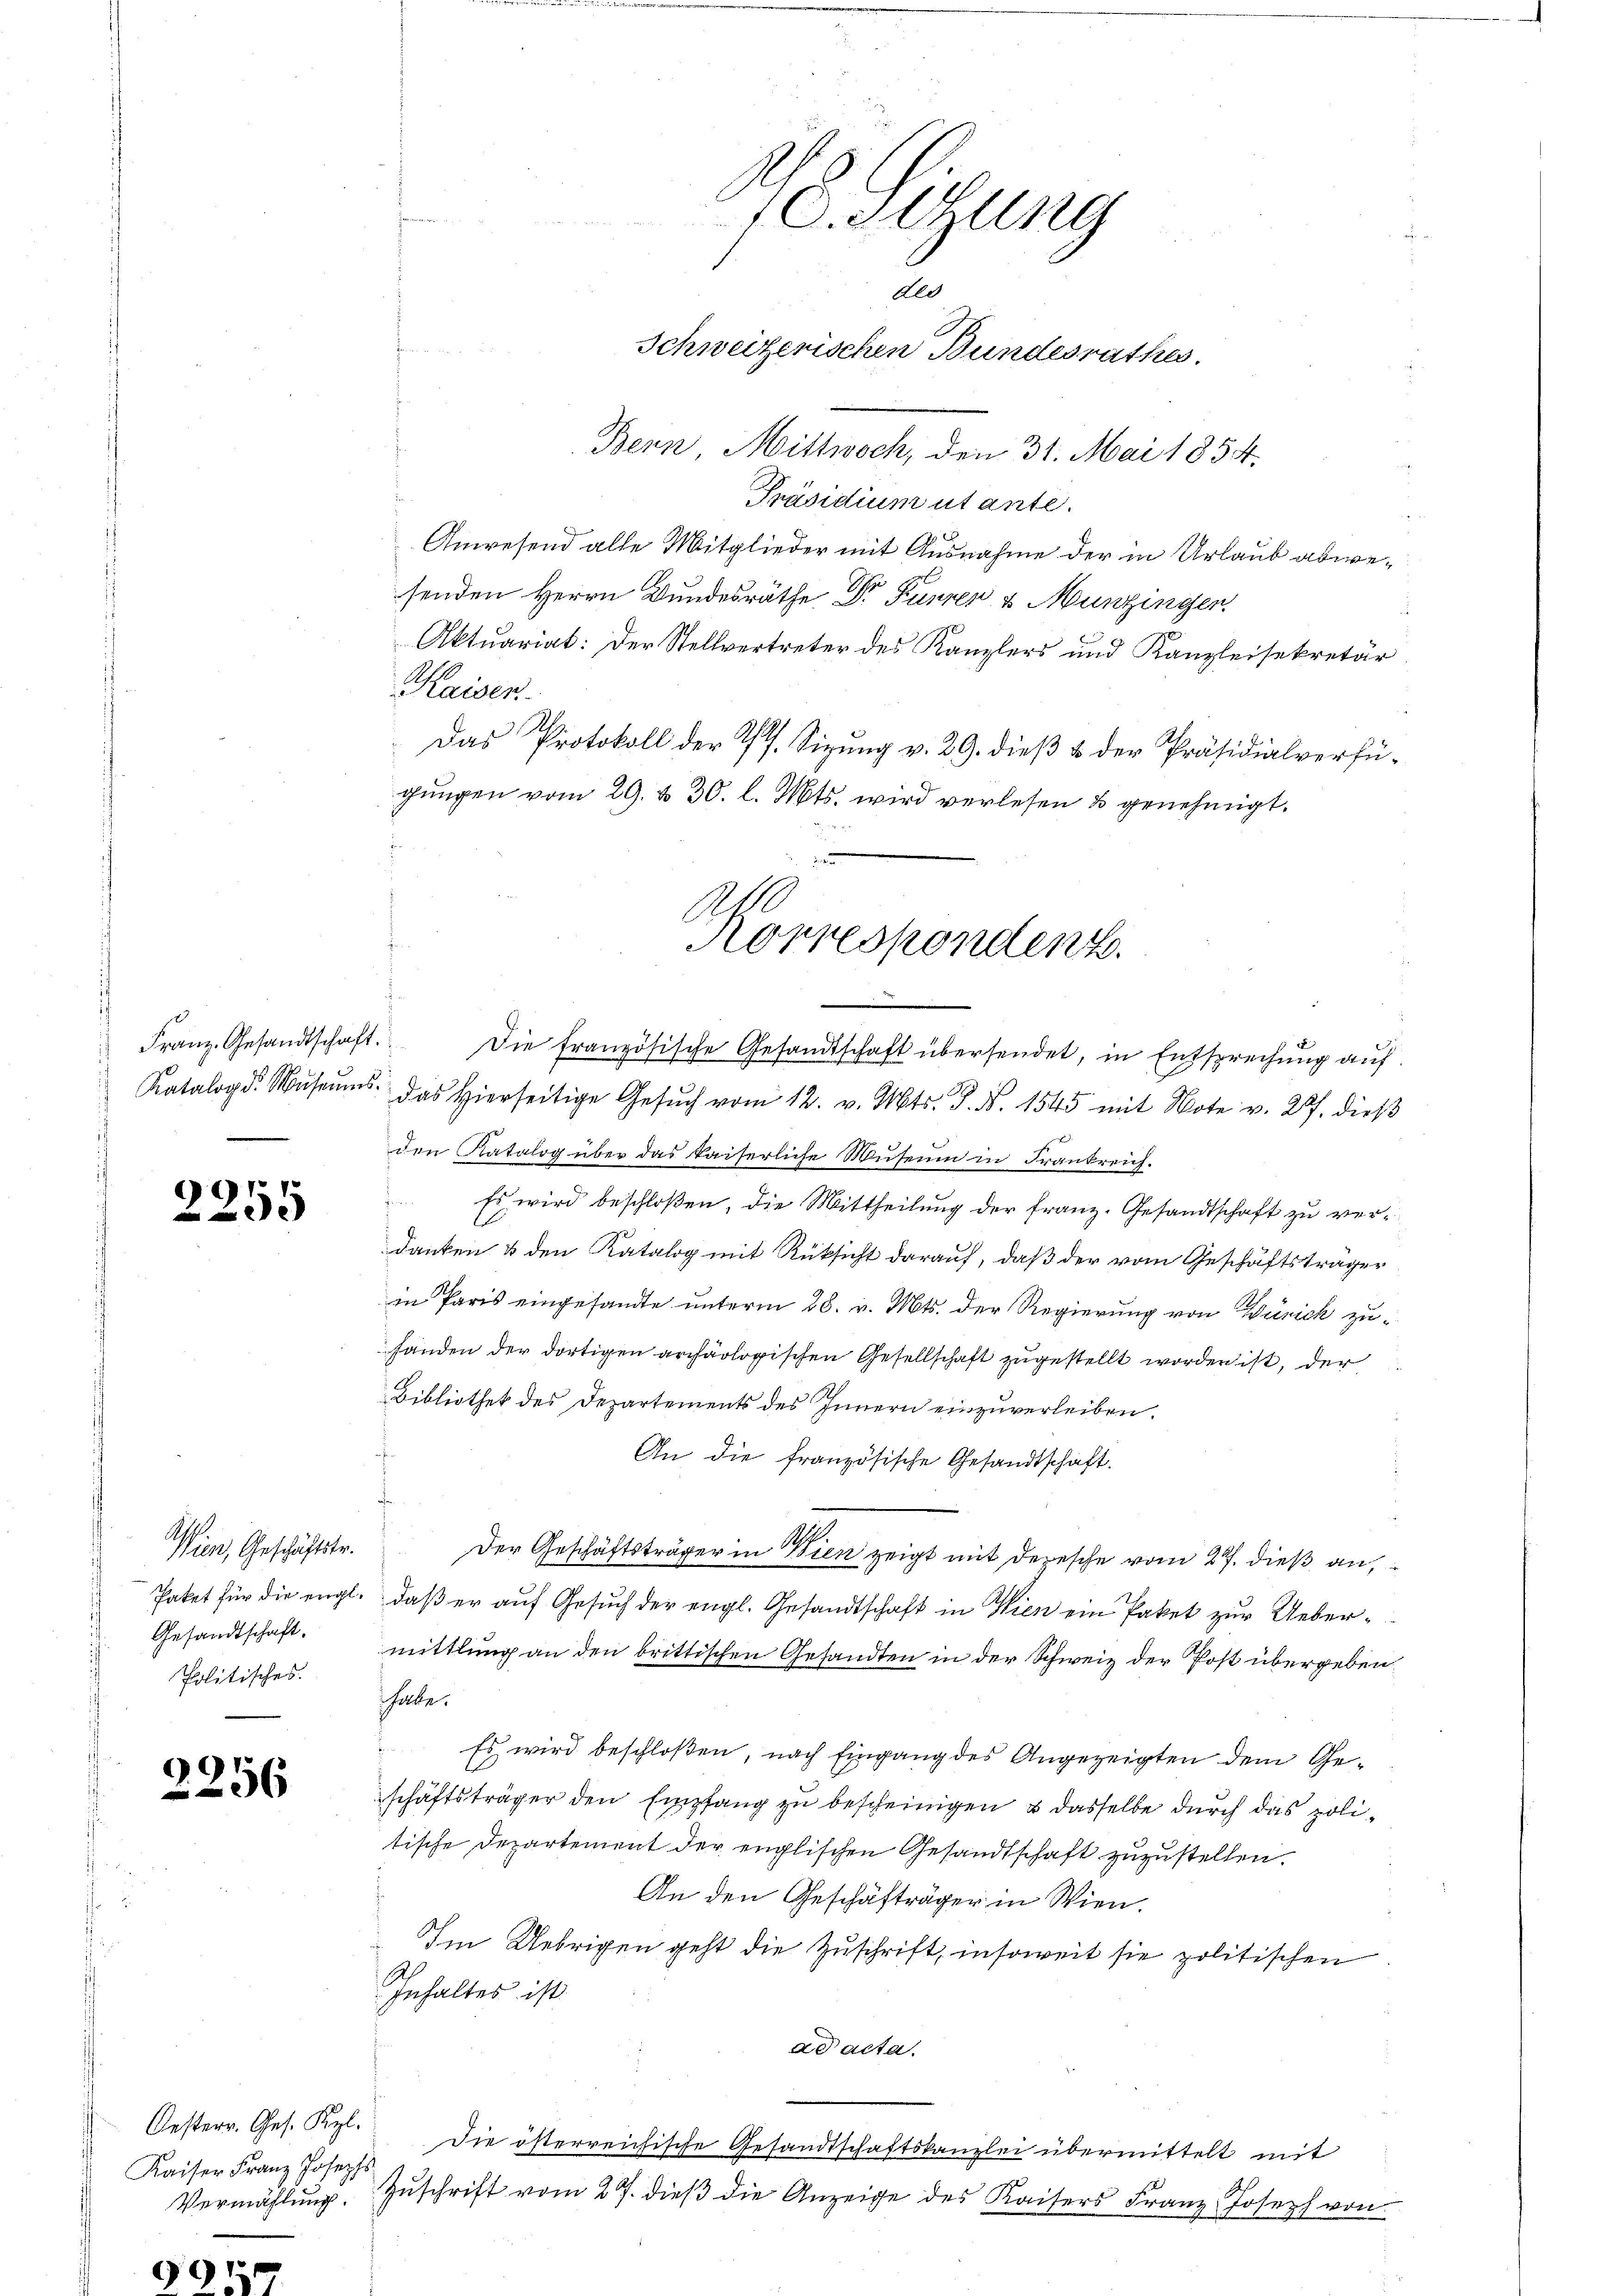
2255

A.
Wien, Geschäftstr.
Gesandtschaft.
Politisches.

2256

Oesterr. Ges. Kgl.
Kaiser Franz Josephs
Vermählung.
.

991.

10. Jung
Als
Schweizerischen Bundesrathes.
Bern, Mittwoch, den 31. Mai 1854.

Präsidium utante.
Anwesend alle Mitglieder mit Ausnahme der in Urlaub abwesenden Herrn Bundesräthe Dr Furren & Munzingen.
Aktuariat: Der Stellvertreter des Kanzlers und Kanzleisekretär
Kaisen
Das Protokoll der Pf. Sizung v. 29. dieß & der Präsidialverfügungen vom 29. & 30. l. Mts. wird verlesen & genehmigt.
.
dann

Ah
Korrespondenz.

Franz. Gesandtschaft. Die französische Gesandtschaft übersendet, in Entsprechŭng aŭf
Katalog. Mŭseŭms. das hierseitige Gesŭch vom 12. v. Mts. S. N. 1545 mit Note v. 227. dieβ
den Katalog über das Kaiserliche Museum in Frankreich.
 Es wird beschloßen, die Mittheilung der Franz. Gesandtschaft zu verl
danken & den Katalog mit Rüksicht darauf, daß der vom Geschäftsträger
in Paris eingesandte unterm 28. v. Mts. der Regierung von Zürich zufänden der dortigen archäologischen Gesellschaft zugestellt worden ist, der
Bibliothek des Departements des Innern einzuverleiben.
An die französische Gesandtschaft.
Der Geschäftsträger in Wien zeigt mit depesche vom 27. dieß an,
Paket für die engl., daß er auf Gesuch der engl. Gesandtschaft in Wien ein Paket zur Uebermittlung an den brittischen Gesandten in der Schweiz der Post übergeben,
habe.
Es wird beschloßen, nach Eingang des Angezeigten dem Geschäftsträger den Empfang zu bescheinigen & dasselbe durch das politische Departement der englischen Gesandtschaft zuzustellen.
An den Geschäfträger in Wien.
Im Uebrigen geht die Zuschrift, insoweit sie politischen
Inhaltes ist
ad acta.
Die österreichische Gesandtschaftskanzlei übermittelt mit
Zŭschrift vom 27. dieβ die Anzeige des Kaisers Franz Joseph von